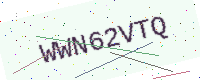
Text: WWN62VTQ